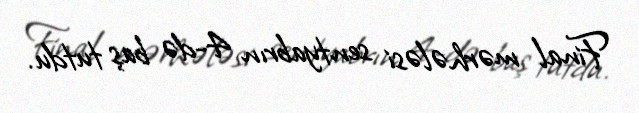
Final mərhələsi sentyabrın 4-də baş tutdu.